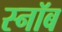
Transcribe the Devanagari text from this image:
स्नॉब